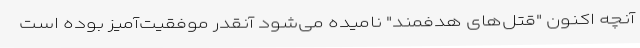
آنچه اکنون "قتل‌های هدفمند" نامیده می‌شود آنقدر موفقیت‌آمیز بوده است